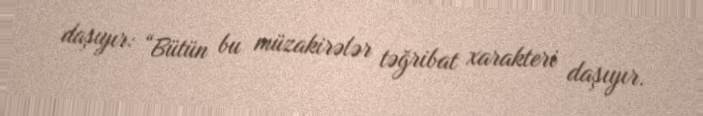
daşıyır: “Bütün bu müzakirələr təğribat xarakteri daşıyır.